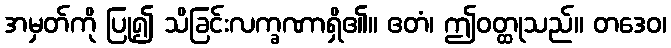
အမှတ်ကို ပြု၍ သိခြင်းလက္ခဏာရှိ၏။ ဧတံ၊ ဤဝတ္ထုသည်။ တဒေဝ၊